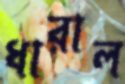
ধারাল